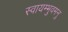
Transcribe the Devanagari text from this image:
स्वायम्भुवमनु